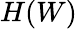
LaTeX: H(W)